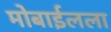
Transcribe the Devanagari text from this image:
मोबाईलला